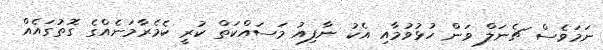
ނަމަވެސް ޗެނަލް ވަން ހުޅުވުމާއި އެކު ނާފިއު މަސައްކަތް ކުރީ ކެމެރާމަނެއްގެ ގޮތުގައެއް